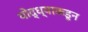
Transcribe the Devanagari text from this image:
योद्ध्याकडून